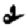
Digit: 2